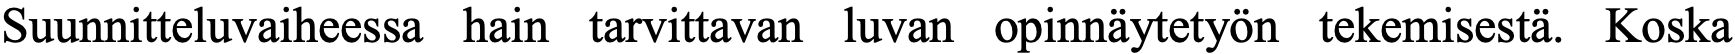
Suunnitteluvaiheessa hain tarvittavan luvan opinnäytetyön tekemisestä. Koska